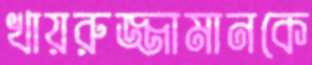
খায়রুজ্জামানকে